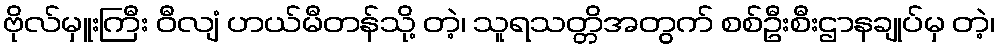
ဗိုလ်မှူးကြီး ဝီလျံ ဟယ်မီတန်သို့ တဲ့၊ သူရသတ္တိအတွက် စစ်ဦးစီးဌာနချုပ်မှ တဲ့၊